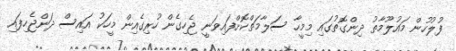
ފުލުހުން މައުލޫމާތު ދިންގޮތުގައި މިމީހާ ސަލާމަތްކޮށްފައިވަނީ ޖެހިގެން ހުރިގެއިން މީހަކު އައިސް ދަންޖެހިފައި